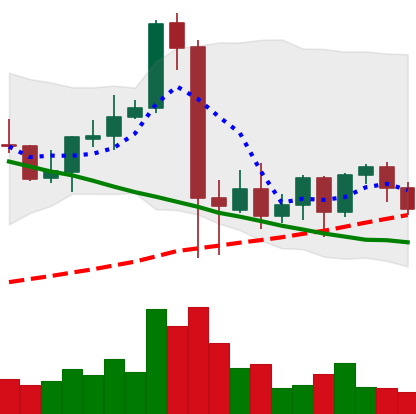
Ticker: NEO-USD
Chart end date: 2021-09-17
Forward return: -11.603%
Label: down_7plus